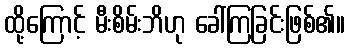
ထို့ကြောင့် မီးစိမ်းဘိဟု ခေါ်ကြခြင်းဖြစ်၏။